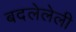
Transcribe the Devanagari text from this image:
बदलेलेली